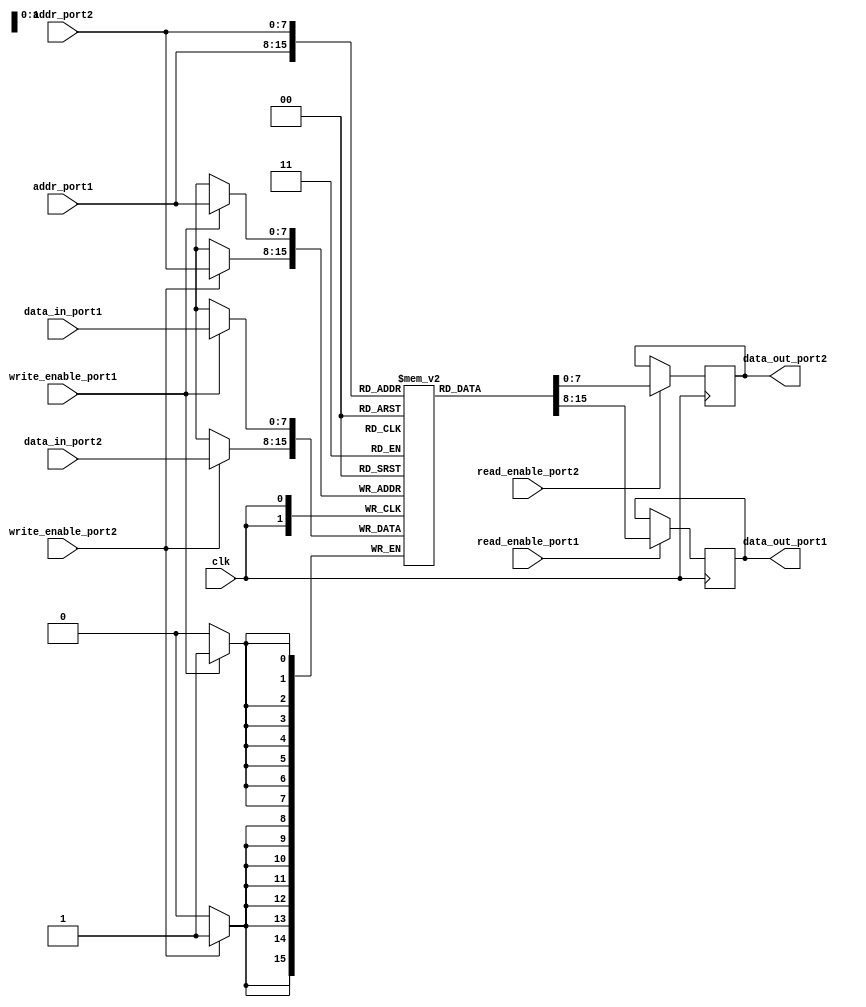
module dual_port_ram(
    input wire clk,
    input wire [7:0] addr_port1,
    input wire [7:0] addr_port2,
    input wire [7:0] data_in_port1,
    input wire [7:0] data_in_port2,
    input wire write_enable_port1,
    input wire write_enable_port2,
    input wire read_enable_port1,
    input wire read_enable_port2,
    output reg [7:0] data_out_port1,
    output reg [7:0] data_out_port2
);

reg [7:0] memory [0:255];

always @(posedge clk) begin
    if(write_enable_port1) begin
        memory[addr_port1] <= data_in_port1;
    end
    
    if(write_enable_port2) begin
        memory[addr_port2] <= data_in_port2;
    end
    
    if(read_enable_port1) begin
        data_out_port1 <= memory[addr_port1];
    end
    
    if(read_enable_port2) begin
        data_out_port2 <= memory[addr_port2];
    end
end

endmodule